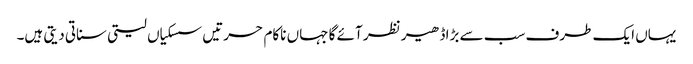
یہاں ایک طرف سب سے بڑا ڈھیر نظر آئے گا جہاں ناکام حسرتیں سسکیاں لیتی سناتی دیتی ہیں۔